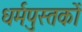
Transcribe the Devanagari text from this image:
धर्मपुस्तकों